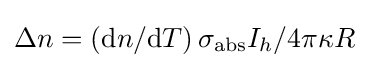
\Delta n=\left(\mathrm {d} n/\mathrm {d} T\right)\sigma _{\rm {abs}}I_{h}/4\pi \kappa R